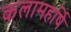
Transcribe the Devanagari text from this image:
कलामहर्षि